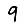
Digit: 9